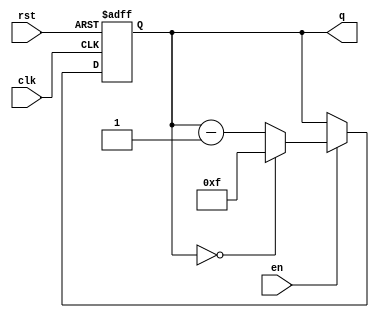
module BinaryDownCounter #(
    parameter N = 4  // Parameter to set the width of the counter (default is 4 bits)
)(
    input wire clk,     // Clock signal
    input wire rst,     // Asynchronous reset signal
    input wire en,      // Enable signal
    output reg [N-1:0] q // N-bit output representing the current count value
);

    // Maximum value for the counter (2^N - 1)
    localparam MAX_COUNT = (1 << N) - 1;

    // Always block triggered on the rising edge of the clock
    always @(posedge clk or posedge rst) begin
        if (rst) begin
            // On reset, set the counter to maximum value
            q <= MAX_COUNT;
        end else if (en) begin
            // If enabled, decrement the counter
            if (q == 0) begin
                // If the counter is at 0, wrap around to maximum value
                q <= MAX_COUNT;
            end else begin
                // Otherwise, decrement the counter
                q <= q - 1;
            end
        end
        // If enable is not asserted, hold the current value of q
    end

endmodule